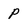
Character: P